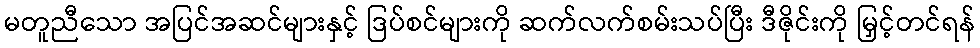
မတူညီသော အပြင်အဆင်များနှင့် ဒြပ်စင်များကို ဆက်လက်စမ်းသပ်ပြီး ဒီဇိုင်းကို မြှင့်တင်ရန်